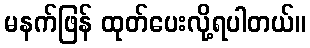
မနက်ဖြန် ထုတ်ပေးလို့ရပါတယ်။